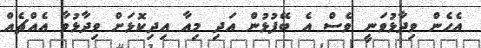
އެހެން ވިދާޅުވަނީ ވެސް އެ ބޭފުޅުން އަދި މިއާ އިދިކޮޅަށް ވިދާޅުވާ އެއްޗެއް